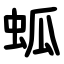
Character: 蛌